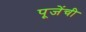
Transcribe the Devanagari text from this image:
पूजेंची